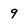
Character: 9